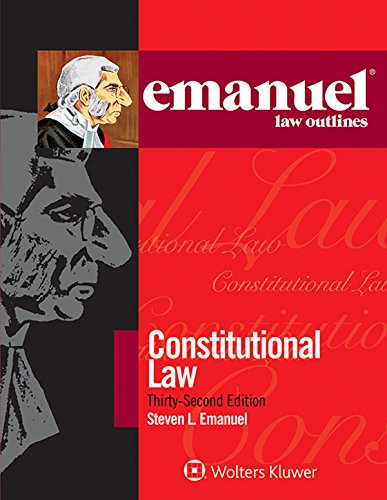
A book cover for Emanuel Law Outlines: Constitutional Law; Steven L. Emanuel; Law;